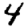
Digit: 4